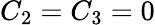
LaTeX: C_{2}=C_{3}=0